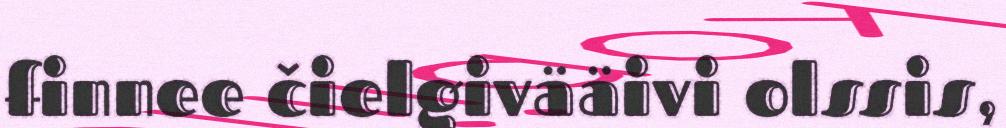
finnee čielgivääivi olssis,